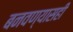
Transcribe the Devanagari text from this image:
बनवण्यासही